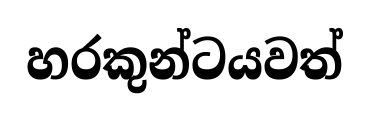
හරකුන්ටයවත්